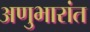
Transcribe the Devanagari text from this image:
अणुभारांत